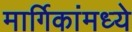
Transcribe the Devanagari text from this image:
मार्गिकांमध्ये